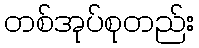
တစ်အုပ်စုတည်း